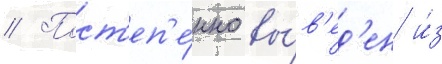
// Пост'еп'е́нно вы́в'ед'ен и́з